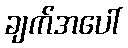
ချက်အပေါ်